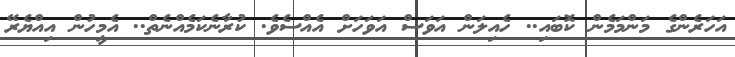
އަހަރެންގެ މަންމަމެން ކޮބައި.. ހެއިލަން އަވަސް އަވަހަށް އެއްސެވެ. ކުރާނެކަމެއްނެތް.. އެމީހުން އިއްޔެރޭ